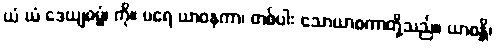
ယံ ယံ ဒေယျဓမ္မံ၊ ကို။ ပရေ ယာဝနကာ၊ တစ်ပါး သောယာစကာတို့သည်။ ယာစန္တိ၊